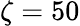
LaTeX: \zeta=50